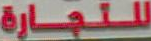
للتجارة